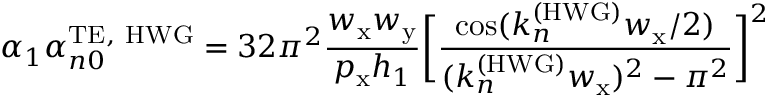
\alpha _ { 1 } \alpha _ { n 0 } ^ { \mathrm { T E , ~ H W G } } = 3 2 \pi ^ { 2 } \frac { w _ { \mathrm { x } } w _ { \mathrm { y } } } { p _ { \mathrm { x } } h _ { 1 } } \bigg [ \frac { \cos ( k _ { n } ^ { \mathrm { ( H W G ) } } w _ { \mathrm { x } } / 2 ) } { ( k _ { n } ^ { \mathrm { ( H W G ) } } w _ { \mathrm { x } } ) ^ { 2 } - \pi ^ { 2 } } \bigg ] ^ { 2 }